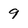
Character: 9